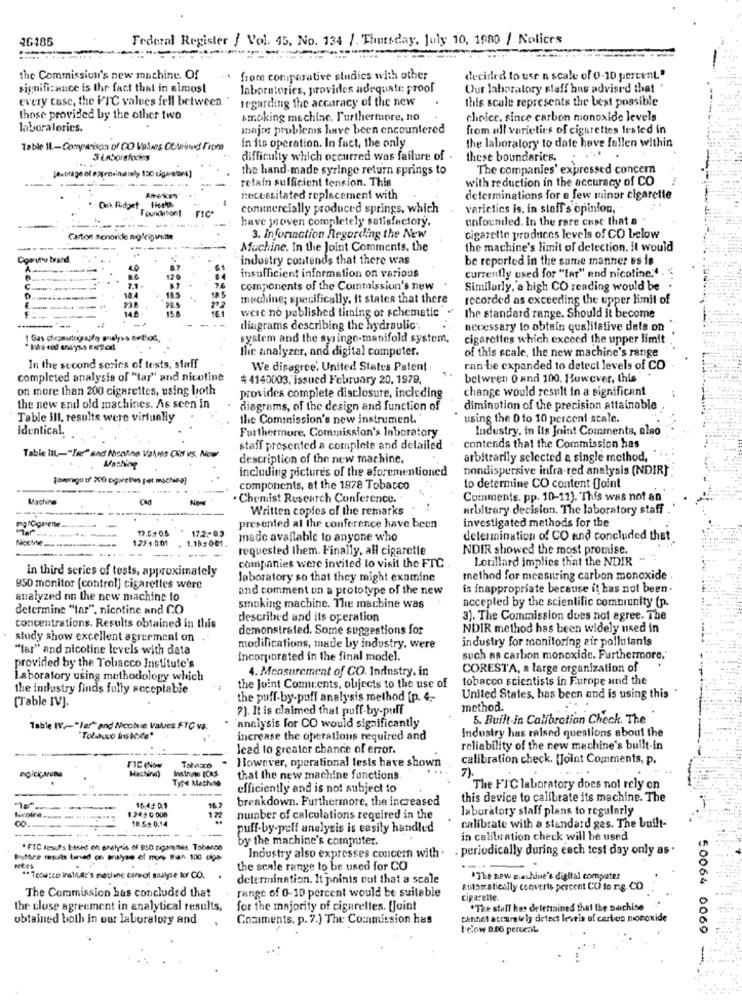
46486
Federal Register / Vol. 45. No. 134 /. Thursday, July 10, 1980 / Notices
the Commission's new machine. Of
from comparative studics with other
decided to use n scale of 0-10 percent."
significance is the fact that in almost
laboratories, provides adequate proof
Our laboratory staff has advised that .
every case, the FTC values fell between
regarding the accuracy of the new
this scale represents the best possible
those provided by the other two
smoking muchinc. Furthermore, no
choice, since carbon monoxide levels
laboralorics.
Innjos problemis have been encountered
from all varieties of cigarettes fested in
in ito operation. In fact, the only
Table 11 .- Comparison of CO Values Obtained From
the laboratory to date heve fallen within
difficulty which occurred was failure of -
these boundaries.
the hand-made syringe return springs to
The companies' expressed concern
auttage of extraindiely 130 cigarettes]
retain sufficient tension. This
with reduction in the accuracy of CO
American"
necessitated replacement with
determinations for e few minor cigarette
Ork Fudget
Ioundesort
FIC*
commercially produced springs, which
varictics is, in staff s opinion,
have proven completely satisfactory.
unfounded. In the rare cust that a
Carton monoride no/cigarette
3. Information Regarding the New
cigarette produces levels of CO below
Muchine. In the Joint Comments, the
the machine's limit of detection. it would
Comruth trand
industry contends that there was
be reported in the same manner es is
40
insufficient information on various
currently used for "tar" and nicoline."
12 0
7.1
76
components of the Commission's new
Similarly, a high CO reading would be
18.4
18.5
machine; specifically. It states that there
recorded as exceeding the upper limit of
14
were no published titning or schematic
the standard range. Should it become
diagrams describing the hydraulic ;.
necessary to obtain qualitative data on
system and the syringe-manifold system,
cigarettes which exceed the upper limit
It's cod ansyss ENpod
the analyzer, and digital computer.
of this scale, the new machine's range
In the second scrics of tests, staff
We disagree' United States Patent :
can be expanded to detect levels of CO
completed analysis of "tar" and nicotine
# 4140003, issued February 20, 1979,
between 0 and 100. However, this ".
on more than 200 cigarettes, using both
change would result in a significant
provides complete disclosure, including
the new and old machines. As seen in
diagrams, of the design and function of
diminution of the precision attainable
Table III, results were virtually
the Commission's new instrument.
using the 0 to 10 percent scale.
identical.
Furthermore, Commission's laboratory
Industry, in its Joint Comments, also
staff presented a complete and delailed
contends that the Commission has
Table lil-"Far" and Nicaline Values Old vs. Now
description of the new machine.
arbitrarily selected a single method,
including pictures of the aforementioned
nondispersive infra-red analysis (NDIR}
[averego o' 200 pagareles pet mschieg)
components, at the 1978 Tobacco
to determine CO content Joint
Machine
Cad
New
Chemist Research Conference.
Comments. pp. 10-11). This was not an
Written copies of the remarks
arbitrary decision. The laboratory staff
investigated methods for the
17.0.+ 0.5
17.2-0.3
presented al Ihr conference have been
1.29:4 0:01
. 1.181001
made available to anyone who
determination of CO and concluded that
Notre ---
requested them. Finally, all cigaretle
NDIR showed the most promise.
Lorillard implies that the NDIR ~
In third series of tests, approximately
companies were invited to visit the FTC
laboratory so that they might examine
method for measuring carbon monoxide
850 monitor (control] cigarettes were
and comment on a prototype of the new
is inappropriate because it has not been .
analyzed on the new machine to
accepled by the scientific combiunity (p.
determine "lar", nicotine and CO
smoking machine. The machine was
described and its operation
3). The Commission does not agree. The
concentrations. Results obtained in this
demonstrated. Some suggestions for
NDIR method has been widely used in
study show excellent agreement on .
industry for monitoring air pollutants
"lar" and nicotine levels with data
modifications, made by industry, were
Incorporated in the final model.
such as carbon monoxide. Furthermore,'
provided by the Tobacco Institute's
4. Measurement of CO. Industry, in
CORESTA, a large organization of
Laboratory using methodology which
tobacco scientists in Europe and the
the industry finds fully acceptable
the Joint Comicents, objects to the use of
(Table IV].
the puff-by-puff analysis method [p. 4 .-
United States, has been and is using this
7). It is claimed that puff-by-puff
method.
5. Built-in Calibration Check. The
Table WV ,-- "Tar" and Ncobre Vales FTC vs.
. analysis for CO would significantly
Industry has raised questions about the
"Tobacco instore"
increase the operations required and
lead to greater chance of error.
reliability of the new machine's built-in
However, operational tests have shown
calibration check. [Joint Comments, p.
FIC (Now
Tabaco
Machine)
TYM Mathiso
that the new machine functions
7).
efficiently and is not subject to
The FIC laboratory does not rely on
breakdown. Furthermore, the increased
this device to calibrate its machine. The
16.42 0.1
16.7
laboratory staff plans to regularly
18.5. 0.14
122
number of calculations required in the
-------
puff-by-pull analysis is easily handled
calibrate with a standard ges. The built-
--- -.
by the machine's computer.
in calibration check will be used
* FIC results based on prelyss of 850 tigarenes. Tobacco
. periodically during each test day only as
Imtare results teved on payse ef more Ban 100 cigs-
Industry also expresses concem with .
Tea
the scale range to be used for CO
Eco instide's medline consol malyse lor CO.
determination. It points out that a scale
"The new machine's digital computer
The Commission has concluded that
range of 0-10 percent would be suitable
Butstatically converts percent CO to mig. CO
cigaretle.
the close agreement in analytical results,
for the majority of cigarettes. [Joint
"The stuff bes delenined that the Dechine
obtained both in our laboratory and
Comments. p. 7.) The Commission has
cannot accurately detect leveis of carbon monoxide
telow 0.06 percent.
50064 0069
-